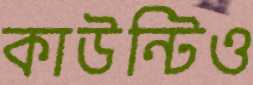
কাউন্টিও